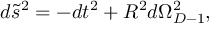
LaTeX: d \tilde { s } ^ { 2 } = - d t ^ { 2 } + R ^ { 2 } d \Omega _ { D - 1 } ^ { 2 } ,